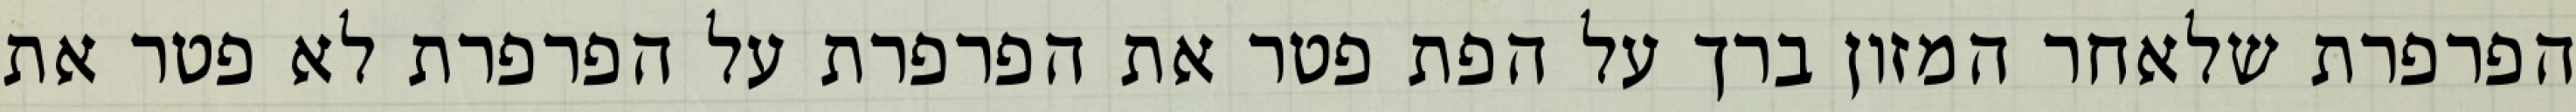
הפרפרת שלאחר המזון ברך על הפת פטר את הפרפרת על הפרפרת לא פטר את